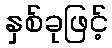
နှစ်ခုဖြင့်